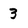
Character: 3